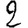
Digit: 2